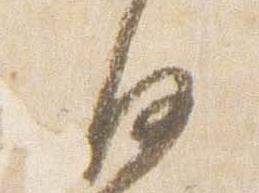
白